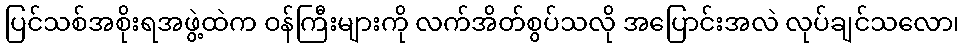
ပြင်သစ်အစိုးရအဖွဲ့ထဲက ဝန်ကြီးများကို လက်အိတ်စွပ်သလို အပြောင်းအလဲ လုပ်ချင်သလော၊